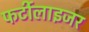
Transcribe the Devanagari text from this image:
फर्टीलाइजर